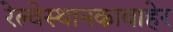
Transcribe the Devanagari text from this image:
रेल्वेस्थानकाबाहेर